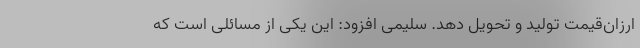
ارزان‌قیمت تولید و تحویل دهد. سلیمی افزود: این یکی از مسائلی است که